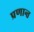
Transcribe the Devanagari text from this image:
प्रणान्त